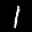
Digit: 1